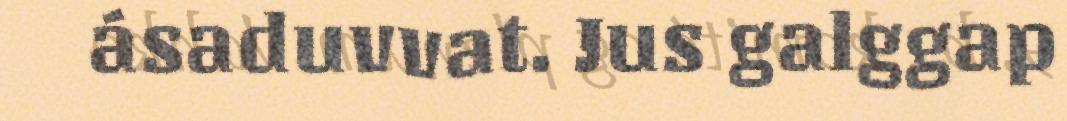
ásaduvvat. Jus galggap